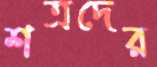
শত্রদের